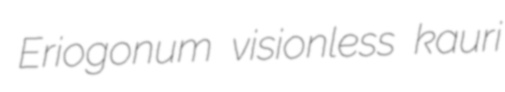
Eriogonum visionless kauri